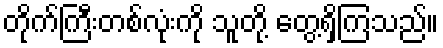
တိုက်ကြီးတစ်လုံးကို သူတို့ တွေ့ရှိကြသည်။